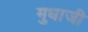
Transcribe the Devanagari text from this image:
मुधाजी